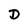
Character: D